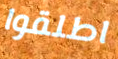
اطلقوا